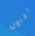
احاول